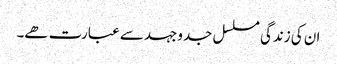
ان کی زندگی مسلسل جدوجہد سے عبارت ھے۔